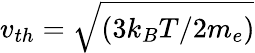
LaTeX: v_{th}=\sqrt{(3k_{B}T/2m_{e})}